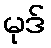
မုဒ်